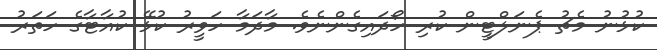
ކުޅުނު މެޗު ޕެނަލްޓީން ކުރި ހޯދައިގެންނެވެ. މާދަމާ ހަވީރު ކުޅޭ ކުއާޓާގެ ހަތަރު